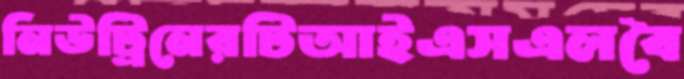
নিউট্রিনেরটিআইএসএলবৈ